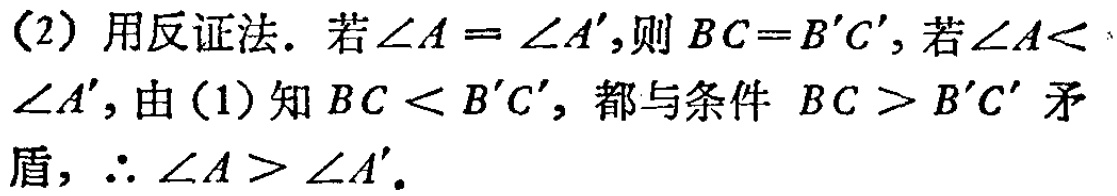
(2) 用反证法. 若\(\angle A = \angle A'\),则\(BC = B'C'\), 若\(\angle A<\angle A'\), 由(1)知\(BC < B'C'\), 都与条件 \(BC > B'C'\) 矛盾, \(\therefore \angle A>\angle A'\).